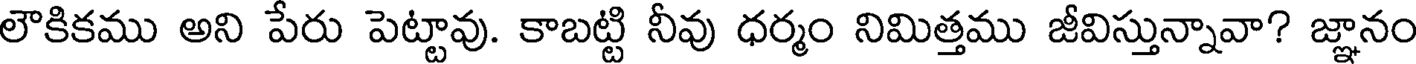
లౌకికము అని పేరు పెట్టావు. కాబట్టి నీవు ధర్మం నిమిత్తము జీవిస్తున్నావా? జ్ఞానం